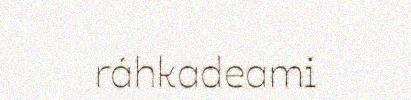
ráhkadeami